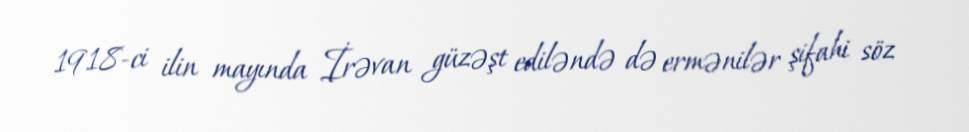
1918-ci ilin mayında İrəvan güzəşt ediləndə də ermənilər şifahi söz